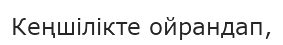
Кеңшілікте ойрандап,